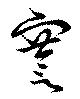
謇